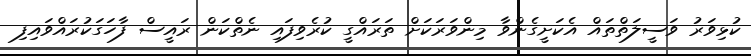
ކުޅިވަރު ވަސީލަތްތައް އެކަށީގެންވާ މިންވަރަކަށް ތަރައްގީ ކުރެވިފައި ނެތްކަން ރައީސް ފާހަގަކުރައްވައިފި